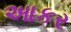
આકર